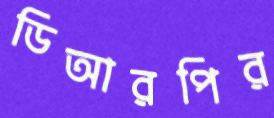
ডিআরপির